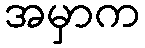
အမှာက